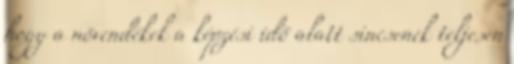
hogy a növendékek a képzési idő alatt sincsenek teljesen